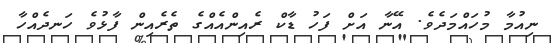
ނިއުމާ މުހައްމަދެވެ. އޭނާ އަށް ފަހު ޑާކް ރެއިންއެއްގެ ތެރެއިން ފާޅުވެ ހަނދެއްހާ